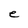
Character: e